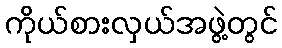
ကိုယ်စားလှယ်အဖွဲ့တွင်